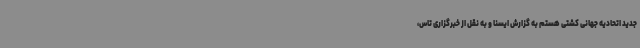
جدید اتحادیه جهانی کشتی هستم به گزارش ایسنا و به نقل از خبرگزاری تاس،